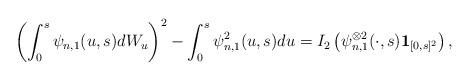
LaTeX: \begin{align*}\left( \int^{s}_0 \psi_{n,1}(u,s) dW_u\right)^2- \int^{s}_0\psi_{n,1}^2(u,s)du = I_2\left( \psi_{n,1}^{\otimes 2}(\cdot, s) \mathbf{1}_{[0,s]^2} \right),\end{align*}